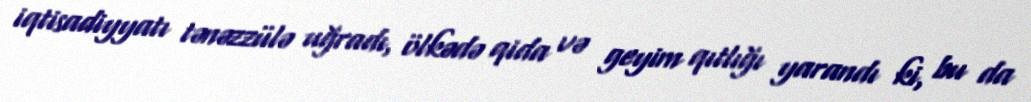
iqtisadiyyatı tənəzzülə uğradı, ölkədə qida və geyim qıtlığı yarandı ki, bu da